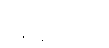
အဗ္ဘိတော